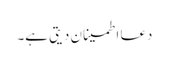
دعا اطمینان دیتی ہے۔